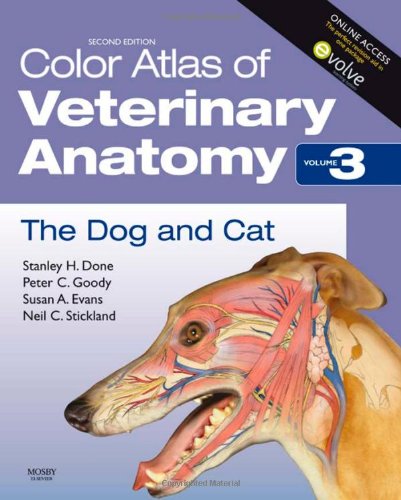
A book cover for Color Atlas of Veterinary Anatomy, Volume 3, The Dog and Cat, 2e; Stanley H. Done BA  BVetMed  PhD  DECPHM  DECVP  FRCVS  FRCPath; Medical Books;